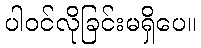
ပါဝင်လိုခြင်းမရှိပေ။